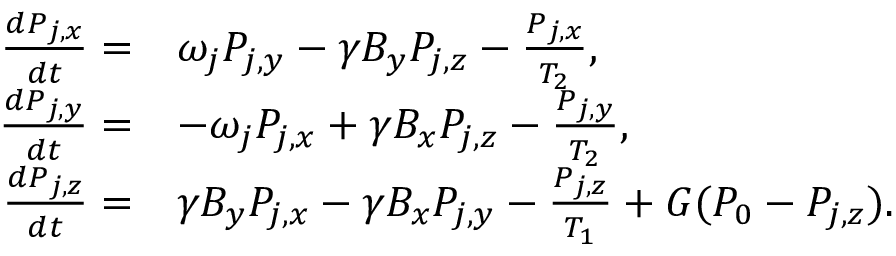
\begin{array} { r l } { \frac { d P _ { j , x } } { d t } = } & { \omega _ { j } P _ { j , y } - \gamma B _ { y } P _ { j , z } - \frac { P _ { j , x } } { T _ { 2 } } , } \\ { \frac { d P _ { j , y } } { d t } = } & { - \omega _ { j } P _ { j , x } + \gamma B _ { x } P _ { j , z } - \frac { P _ { j , y } } { T _ { 2 } } , } \\ { \frac { d P _ { j , z } } { d t } = } & { \gamma B _ { y } P _ { j , x } - \gamma B _ { x } P _ { j , y } - \frac { P _ { j , z } } { T _ { 1 } } + G ( P _ { 0 } - P _ { j , z } ) . } \end{array}